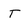
Character: T